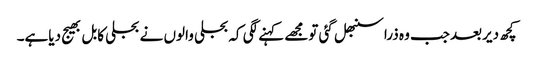
کچھ دیربعدجب وہ ذراسنبھل گئی تومجھے کہنے لگی کہ بجلی والوں نے بجلی کابل بھیج دیاہے۔